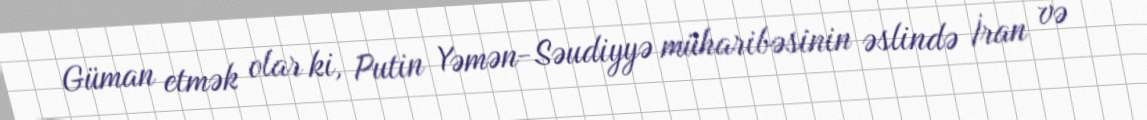
Güman etmək olar ki, Putin Yəmən-Səudiyyə müharibəsinin əslində İran və